Vabadussoja_Ajaloo_Komitee, lk 30
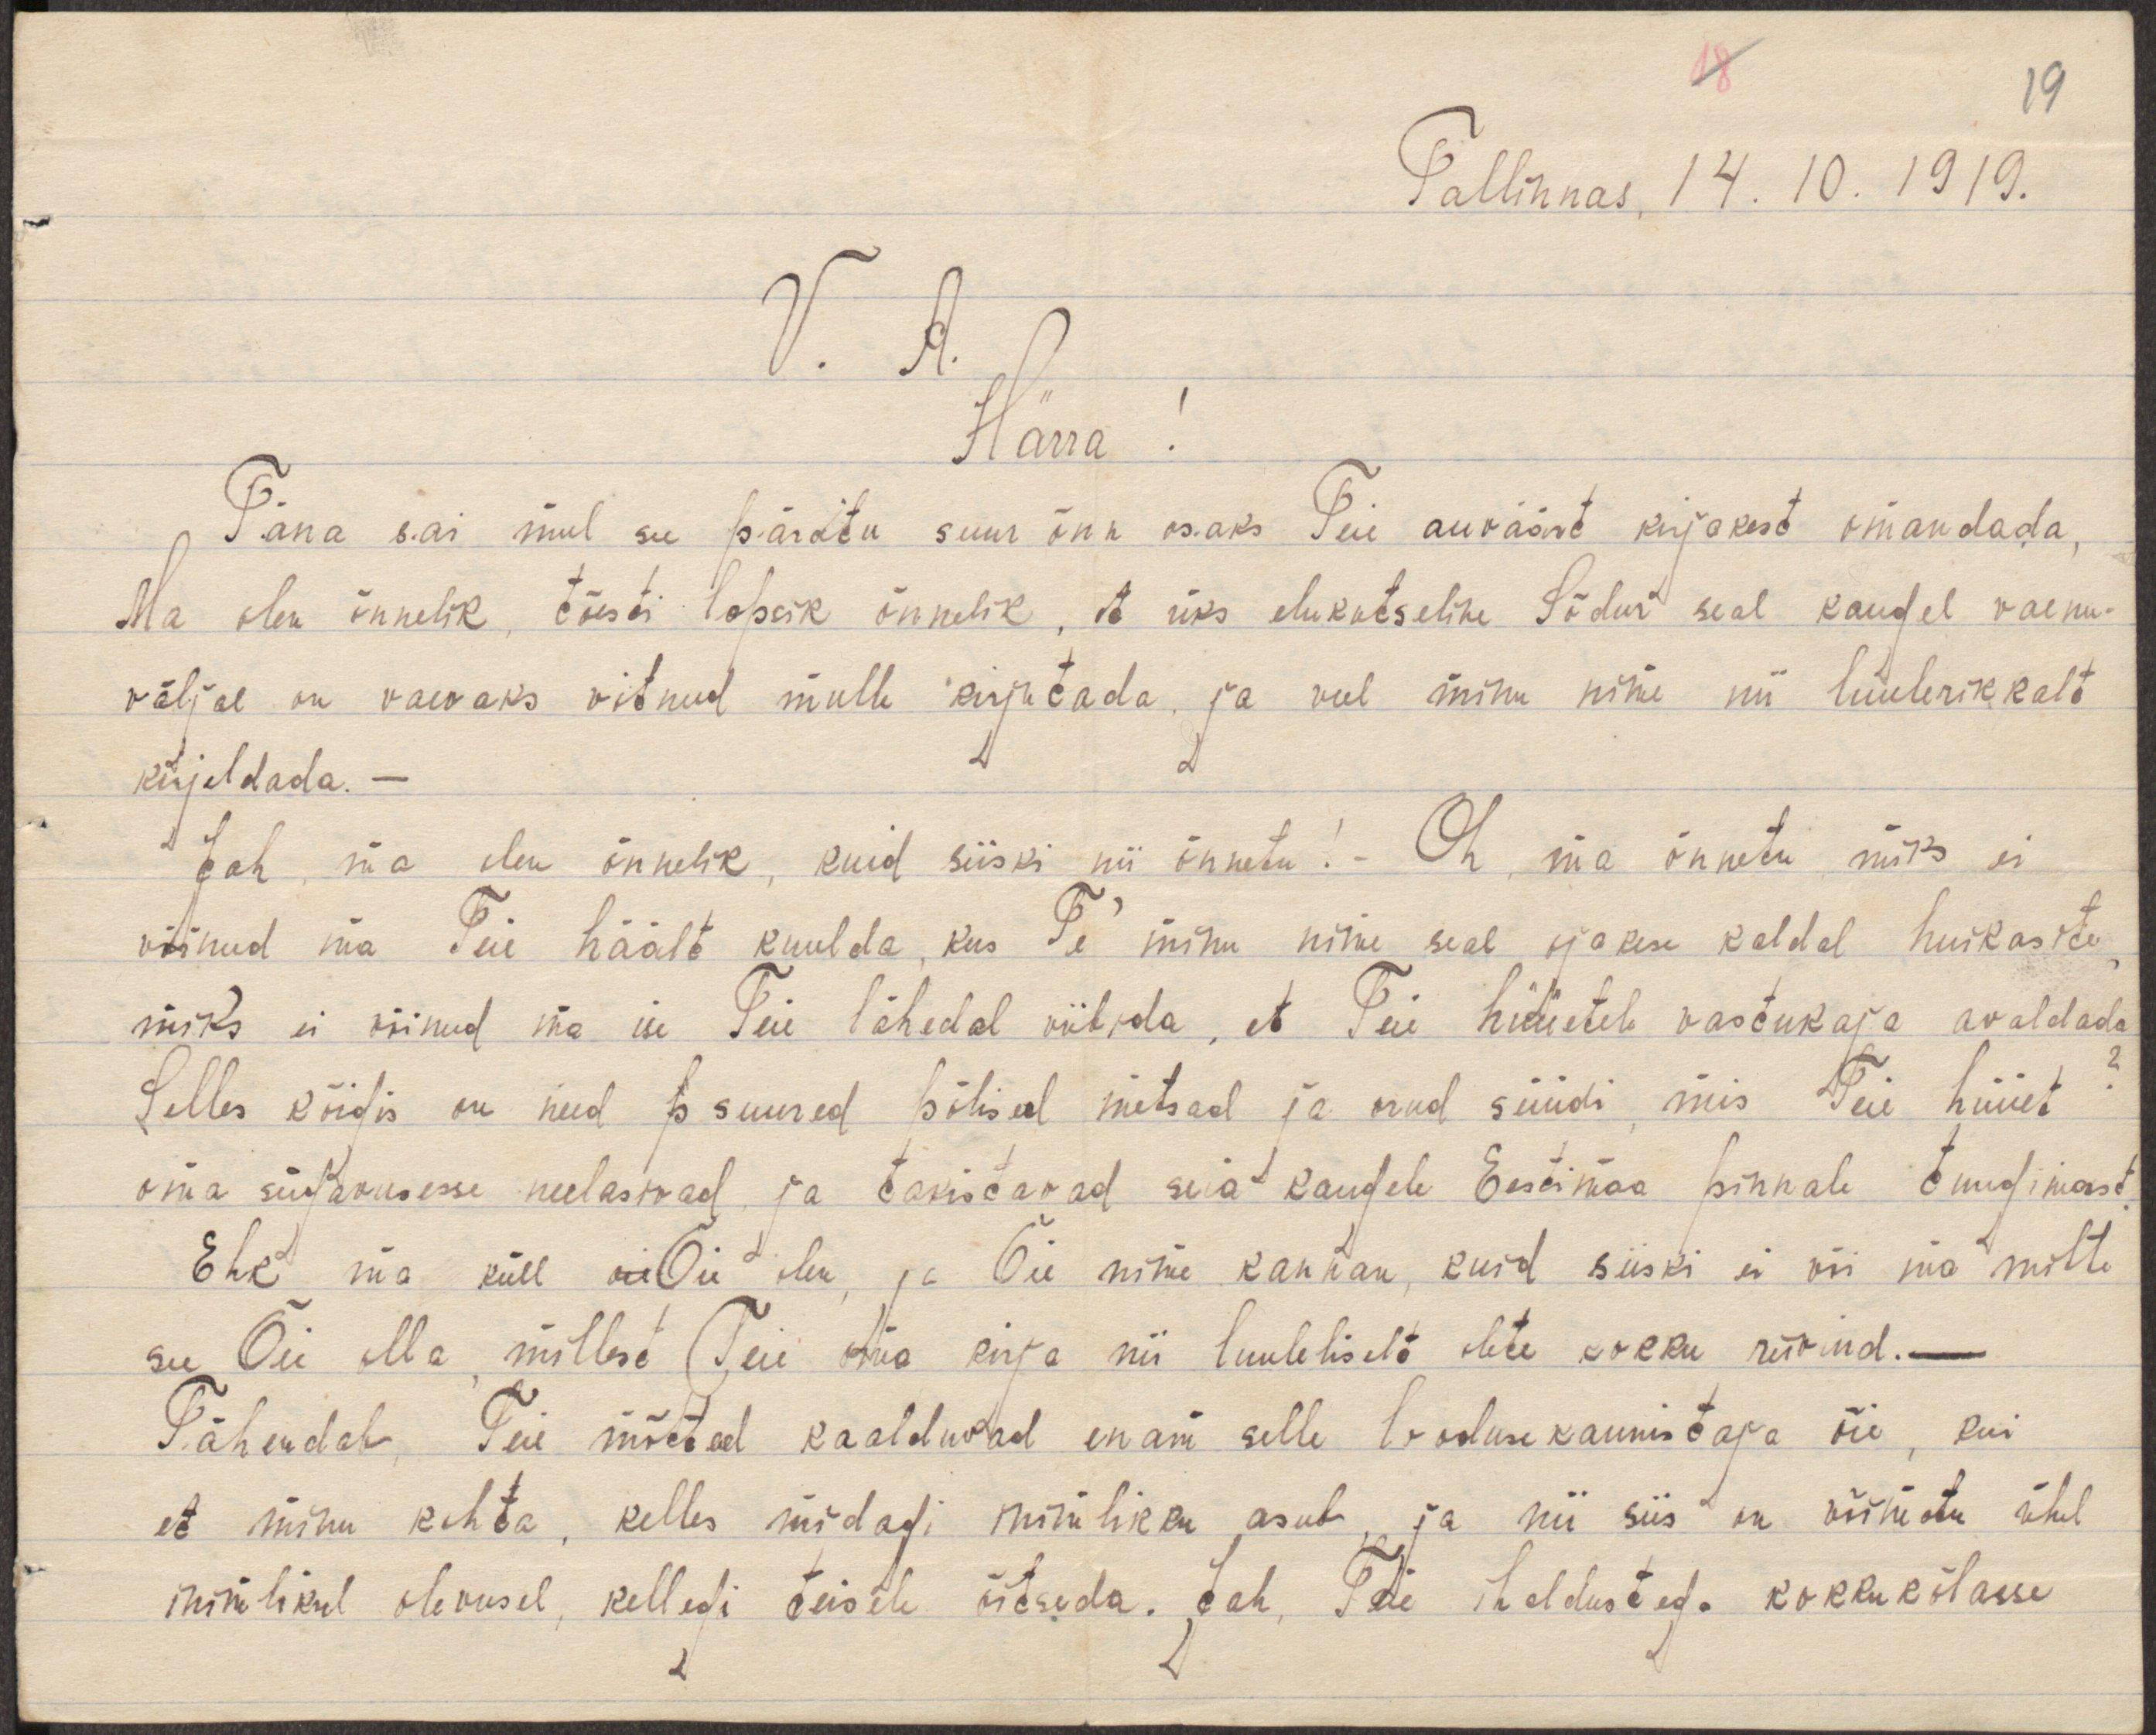
18
19
Tallinnas, 14. 10. 1919.
V. A.
Härra!
Täna sai mul see päratu suur õnn osaks Teie auväärt kirjakest omandada,
Ma olen õnnelik, tõesti lapsik õnnelik, et üks elukutseline Sõdur seal kaugel vaenu-
väljal on vaevaks võtnud mulle kirjutada, ja veel minu nime nii luulerikkalt
kirjeldada. -
Jah, ma olen õnnelik, kuid siiski nii õnnetu! - Oh, ma õnnetu miks ei
võinud ma Teie häält kuulda, kus Te minu nime seal ojakese kaldal huikasite,
miks ei võinud ma ise Teie lähedal viibida, et Teie hüüetele vastukaja avaldada?
Selles kõigis on need p suured põlised metsad ja orud süüdi, mis Teie hüüet
oma sügavusesse neelasivad, ja takistavad siia kaugele Eestimaa pinnale tungimast.
Ehk ma küll oie Õie olen, ja Õie nime kannan, kuid siiski ei või ma mitte
see Õie olla, millest  Teie oma kirja nii luuleliselt olete kokku riivind._
Tähendab, Teie mõtted kaalduvad enam selle looduse kaunistaja õie, kui
et minu kohta, kelles midagi inimlikku asub, ja nii siis on võimatu ühel
inimlikul olevusel, kellegi teisele õitseda. Jah, Teie ihaldustega kokkukõlasse